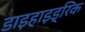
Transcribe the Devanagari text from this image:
डाइहाइड्रिक